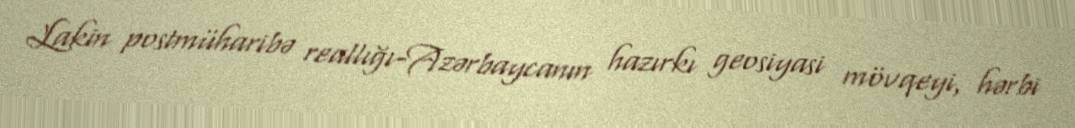
Lakin postmüharibə reallığı-Azərbaycanın hazırkı geosiyasi mövqeyi, hərbi